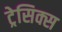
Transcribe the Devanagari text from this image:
ट्रेसिक्स